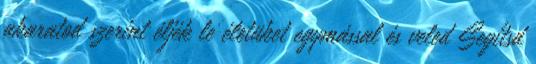
akaratod szerint éljék le életüket egymással és veled Segítsd